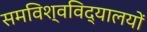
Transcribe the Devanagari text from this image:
समविश्वविद्यालयों